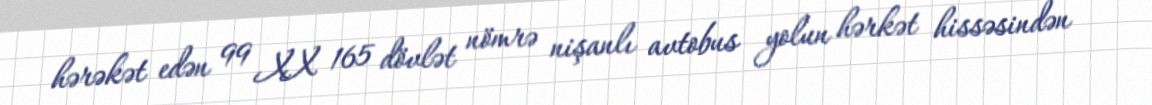
hərəkət edən 99 XX 165 dövlət nömrə nişanlı avtobus yolun hərkət hissəsindən